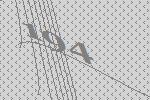
194